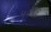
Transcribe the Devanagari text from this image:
५०९६